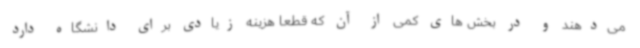
می‌دهند و در بخش های کمی از آن که قطعاً هزینه زیادی برای دانشگاه دارد